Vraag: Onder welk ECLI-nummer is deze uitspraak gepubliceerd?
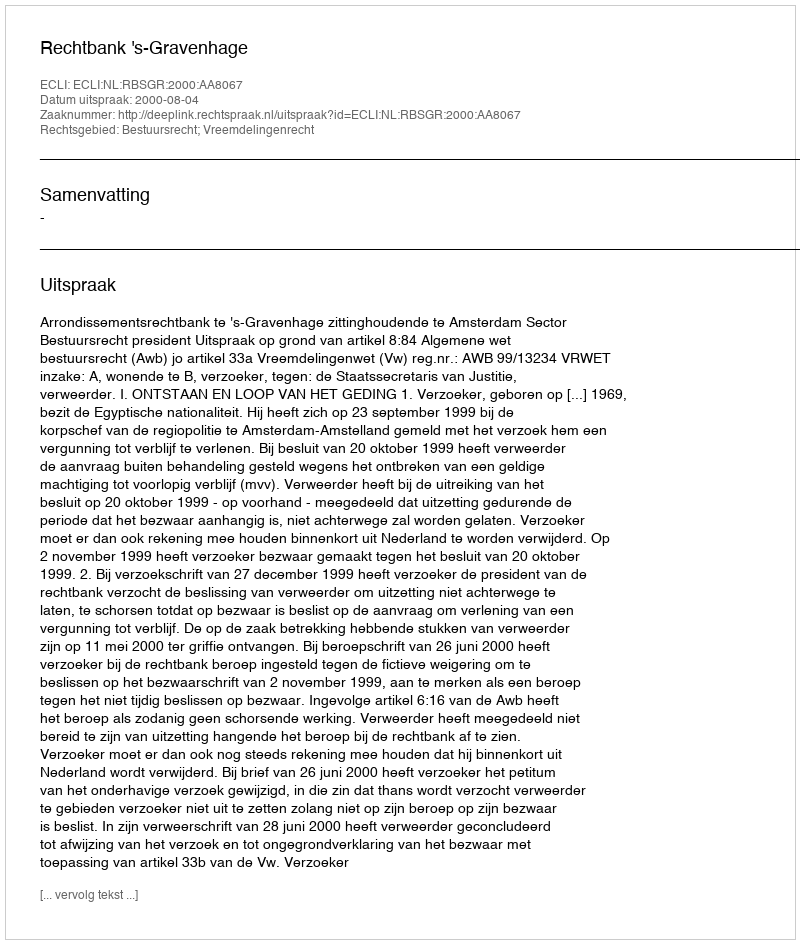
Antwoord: ECLI:NL:RBSGR:2000:AA8067